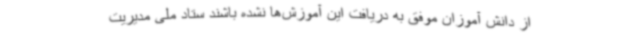
از دانش آموزان موفق به دریافت این آموزش‌ها نشده باشند ستاد ملی مدیریت